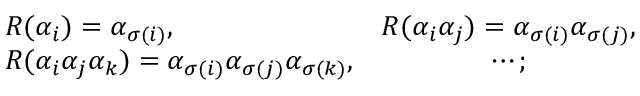
\begin{array} { l c } { { R ( \alpha _ { i } ) = \alpha _ { \sigma ( i ) } , } } & { { R ( \alpha _ { i } \alpha _ { j } ) = \alpha _ { \sigma ( i ) } \alpha _ { \sigma ( j ) } , } } \\ { { R ( \alpha _ { i } \alpha _ { j } \alpha _ { k } ) = \alpha _ { \sigma ( i ) } \alpha _ { \sigma ( j ) } \alpha _ { \sigma ( k ) } , } } & { { \cdots ; } } \end{array}